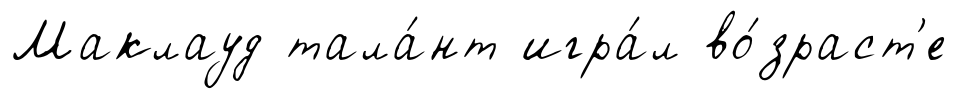
Маклауд тала́нт игра́л во́зраст'е